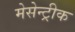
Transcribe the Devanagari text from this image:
मेसेन्ट्रीक